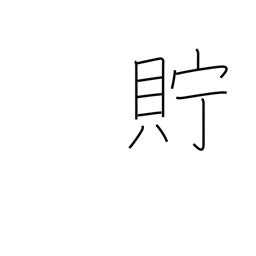
Meaning: keep